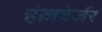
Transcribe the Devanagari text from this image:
हंत्जबेर्जर